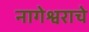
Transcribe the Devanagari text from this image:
नागेेश्वराचे